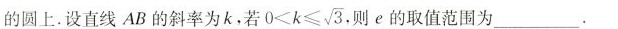
的圆上.设直线AB的斜率为k,若0<k<= \sqrt {3} ,则e的取值范围为___.